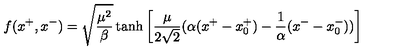
f ( x ^ { + } , x ^ { - } ) = \sqrt \frac { \mu ^ { 2 } } { \beta } \tanh { \left[ \frac { \mu } { 2 \sqrt 2 } ( \alpha ( x ^ { + } - x _ { 0 } ^ { + } ) - \frac { 1 } { \alpha } ( x ^ { - } - x _ { 0 } ^ { - } ) ) \right] }